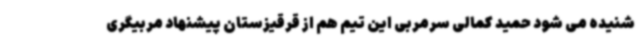
شنیده می شود حمید کمالی سرمربی این تیم هم از قرقیزستان پیشنهاد مربیگری